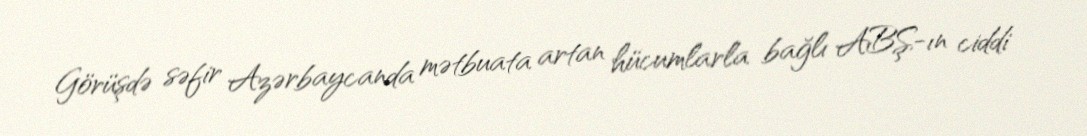
Görüşdə səfir Azərbaycanda mətbuata artan hücumlarla bağlı ABŞ-ın ciddi